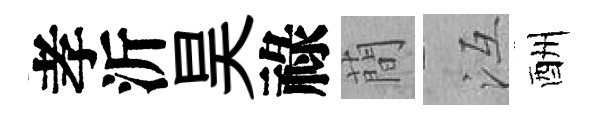
孝沂昊祿蕳冱酬